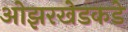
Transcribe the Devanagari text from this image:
ओझरखेडकडे